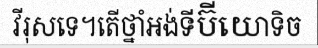
វីរុសទេ។តើថ្នាំអង់ទីប៊ីយោទិច